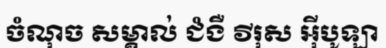
ចំណុច សម្គាល់ ជំងឺ វីរុស អ៊ីបូឡា